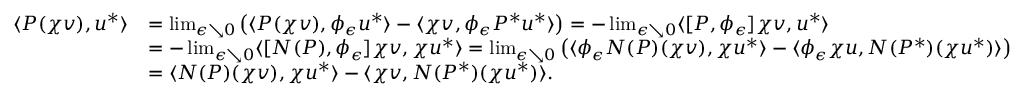
\begin{array} { r l } { \langle P ( \chi v ) , u ^ { * } \rangle } & { = \operatorname* { l i m } _ { \epsilon \searrow 0 } \left( \langle P ( \chi v ) , \phi _ { \epsilon } u ^ { * } \rangle - \langle \chi v , \phi _ { \epsilon } P ^ { * } u ^ { * } \rangle \right) = - \operatorname* { l i m } _ { \epsilon \searrow 0 } \langle [ P , \phi _ { \epsilon } ] \chi v , u ^ { * } \rangle } \\ & { = - \operatorname* { l i m } _ { \epsilon \searrow 0 } \langle [ N ( P ) , \phi _ { \epsilon } ] \chi v , \chi u ^ { * } \rangle = \operatorname* { l i m } _ { \epsilon \searrow 0 } \left( \langle \phi _ { \epsilon } N ( P ) ( \chi v ) , \chi u ^ { * } \rangle - \langle \phi _ { \epsilon } \chi u , N ( P ^ { * } ) ( \chi u ^ { * } ) \rangle \right) } \\ & { = \langle N ( P ) ( \chi v ) , \chi u ^ { * } \rangle - \langle \chi v , N ( P ^ { * } ) ( \chi u ^ { * } ) \rangle . } \end{array}